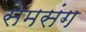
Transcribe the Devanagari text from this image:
सेमसंग